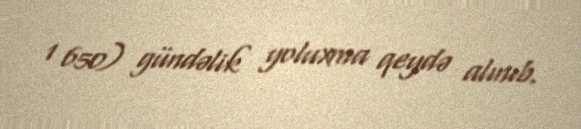
1 650) gündəlik yoluxma qeydə alınıb.